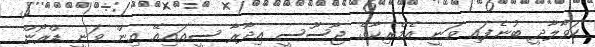
ހަވާލާދީ ބުނެފައި ވަނީ އެމެރިކާގެ ޖާސޫސީ އިދާރާ ސީއައިއޭ އިން ވަނީ ޑްރޯން